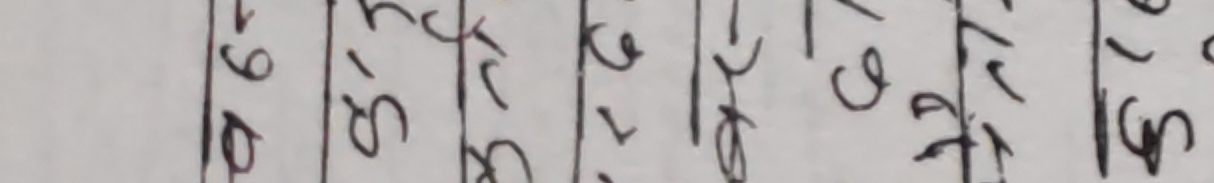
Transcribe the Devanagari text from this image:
19
१८
१९
१७
१८
१५